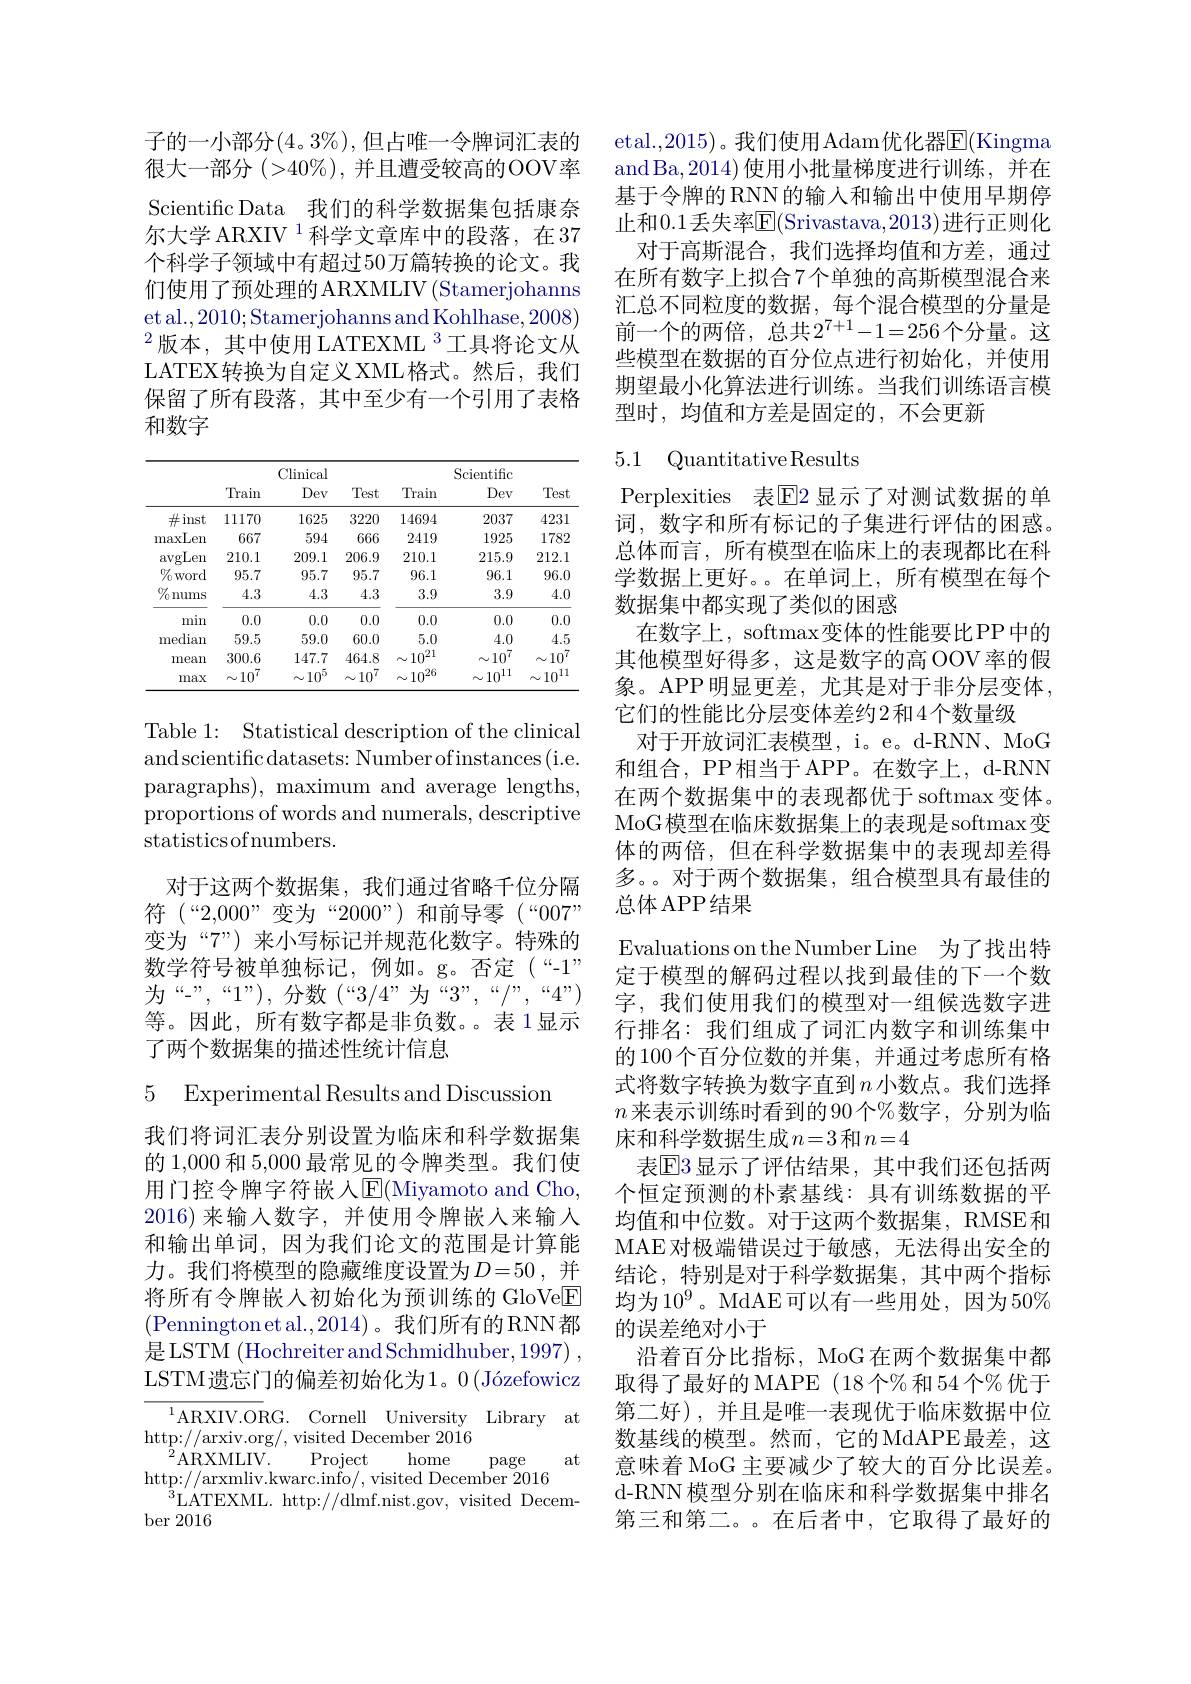
子的一小部分(4。3%),但占唯一令牌词汇表的很大一部分$(>40\%)$,并且遭受较高的OOV率Scientific Data 我们的科学数据集包括康奈尔大学 ARXIV $^{1}$科学文章库中的段落，在37个科学子领域中有超过50万篇转换的论文。我们使用了预处理的ARXMLIV(Stamerjohanns et al.,2010;Stamerjohanns and Kohlhase,2008) $^{2}$版本，其中使用 LATEXML $^{3}$工具将论文从LATEX转换为自定义XML格式。然后，我们保留了所有段落，其中至少有一个引用了表格和数字

<table>
	<tbody>
		<tr>
			<th> </th>
			<th colspan="3">Clinical</th>
			<th colspan="3">Scientifc</th>
		</tr>
		<tr>
			<th> </th>
			<th>Train</th>
			<th>Dev</th>
			<th>Test</th>
			<th>Train</th>
			<th>Dev</th>
			<th>Test</th>
		</tr>
		<tr>
			<td>$\#$inst -</td>
			<td>11170</td>
			<td>1625</td>
			<td>3220</td>
			<td>14694</td>
			<td>2037</td>
			<td>4231</td>
		</tr>
		<tr>
			<td>maxLen</td>
			<td>667</td>
			<td>594</td>
			<td>666</td>
			<td>2419</td>
			<td>1925</td>
			<td>1782</td>
		</tr>
		<tr>
			<td>avgLen</td>
			<td>210.1</td>
			<td>209.1</td>
			<td>206.9</td>
			<td>210.1</td>
			<td>215.9</td>
			<td>212.1</td>
		</tr>
		<tr>
			<td>$\%$word</td>
			<td>95.7</td>
			<td>95.7</td>
			<td>95.7</td>
			<td>96.1</td>
			<td>96.1</td>
			<td>96.0</td>
		</tr>
		<tr>
			<td>$\%$nums</td>
			<td>4.3</td>
			<td>4.3</td>
			<td>4.3</td>
			<td>3.9</td>
			<td>3.9</td>
			<td>4.0</td>
		</tr>
		<tr>
			<td>min</td>
			<td>0.0</td>
			<td>0.0</td>
			<td>0.0</td>
			<td>0.0</td>
			<td>0.0</td>
			<td>0.0</td>
		</tr>
		<tr>
			<td>median</td>
			<td>59.5</td>
			<td>59.0</td>
			<td>60.0</td>
			<td>5.0</td>
			<td>4.0</td>
			<td>4.5</td>
		</tr>
		<tr>
			<td>mean</td>
			<td>300.6</td>
			<td>147.7</td>
			<td>464.8</td>
			<td>$\sim10^{21}$</td>
			<td>$\sim10^{i}$</td>
			<td>$10^{\prime}$ A -</td>
		</tr>
		<tr>
			<td>max</td>
			<td>$\sim10^{\prime}$</td>
			<td>$10^{5}$ N</td>
			<td>$10^{i}$ $\Lambda$</td>
			<td>$\sim10^{20}$</td>
			<td>$\sim10^{11}$</td>
			<td>$10^{11}$ A</td>
		</tr>
	</tbody>
</table>

Table 1: Statistical description of the clinical andscientific datasets: Number ofinstances(i.e. paragraphs), maximum and average lengths, proportions of words and numerals, descriptive statisticsofnumbers.
对于这两个数据集，我们通过省略千位分隔符$(“2,000”变为“2000”)$和前导零$(“007”$ 变为“7”) 来小写标记并规范化数字。特殊的数学符号被单独标记，例如。g。否定(“-1” 为“-”,“1”), 分 数 $( “ 3/ 4” 为 “ 3” , “ / ” , “ 4” )$ 等。因此，所有数字都是非负数。表 1显示了两个数据集的描述性统计信息

5 Experimental Results and Discussion

我们将词汇表分别设置为临床和科学数据集的 1,000 和 5,000 最常见的令牌类型。我们使用门控令牌字符嵌人$\operatorname{E}($Miyamoto and Cho, 2016)来输入数字，并使用令牌嵌人来输入和输出单词，因为我们论文的范围是计算能力。我们将模型的隐藏维度设置为$D=50$, 并将所有令牌嵌入初始化为预训练的 GloVe$\underline{\mathrm{E}}$ (Penningtonetal.,2014)。我们所有的RNN都是LSTM (Hochreiter and Schmidhuber, 1997) , LSTM遗忘门的偏差初始化为1。0$\left(\text{J\'{o}zefowicz}\right.$

$^{1}$ARXIV.ORG.Cornell University Library at
http: / / arxiv. org/ , visited December 2016
${}^{2}$ARXMLIV.
home
$\operatorname{Project}$
at
page
http: / / arxmliv. kwarc. info/ , visited December 2016
$^{\tilde{3}}$LATEXML. http://dlmf.nist.gov, visited Decem-
$ber2016$

etal.,2015)。我们使用Adam优化器$\overline{\mathrm{E}}($Kingma andBa,2014)使用小批量梯度进行训练，并在基于令牌的 RNN 的输入和输出中使用早期停止和0.1丢失率$\overline{\mathrm{E}}($Srivastava,2013)进行正则化
对于高斯混合，我们选择均值和方差，通过在所有数字上拟合7个单独的高斯模型混合来汇总不同粒度的数据，每个混合模型的分量是前一个的两倍，总共$2^7+1-1=256$个分量。这些模型在数据的百分位点进行初始化，并使用期望最小化算法进行训练。当我们训练语言模型时，均值和方差是固定的，不会更新

## 5.1 QuantitativeResults

Perplexities 表$\overline{\mathrm{E}}$2显示了对测试数据的单词，数字和所有标记的子集进行评估的困惑。总体而言，所有模型在临床上的表现都比在科学数据上更好。。在单词上，所有模型在每个数据集中都实现了类似的困惑
在数字上，softmax变体的性能要比PP中的其他模型好得多，这是数字的高 OOV率的假象。APP明显更差，尤其是对于非分层变体， 它们的性能比分层变体差约2和4个数量级
对于开放词汇表模型，i。e。d-RNN、MoG 和组合，PP 相当于 APP。在数字上，d-RNN 在两个数据集中的表现都优于 softmax 变体。MoG模型在临床数据集上的表现是softmax变体的两倍，但在科学数据集中的表现却差得多。。对于两个数据集，组合模型具有最佳的总体 APP 结果
Evaluations on the Number Line 为了找出特定于模型的解码过程以找到最佳的下一个数字，我们使用我们的模型对一组候选数字进行排名：我们组成了词汇内数字和训练集中的100个百分位数的并集，并通过考虑所有格式将数字转换为数字直到$n$ 小数点。我们选择$n$来表示训练时看到的90个%数字，分别为临床和科学数据生成$n=3$ 和 $n=4$
表$\overline{\mathrm{E}}3$显示了评估结果，其中我们还包括两个恒定预测的朴素基线：具有训练数据的平均值和中位数。对于这两个数据集，RMSE和MAE对极端错误过于敏感，无法得出安全的结论，特别是对于科学数据集，其中两个指标均为10$^{9}$。MdAE可以有一些用处，因为50% 的误差绝对小于
沿着百分比指标，MoG在两个数据集中都取得了最好的 MAPE (18个%和54个%优于第二好),并且是唯一表现优于临床数据中位数基线的模型。然而，它的MdAPE最差，这意味着 MoG 主要减少了较大的百分比误差。d-RNN模型分别在临床和科学数据集中排名第三和第二。在后者中，它取得了最好的